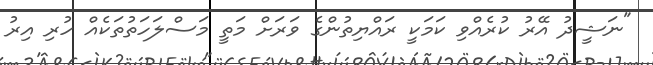
"ނަޝީދު އޭރު ކުރެއްވި ކަމަކީ ރައްޔިތުންގެ ވަރަށް މަތީ މަސްލަހަތުތަކެއް ހުރި އިރު